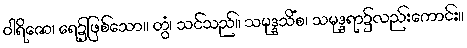
ဝါရိဇော၊ ရေ၌ဖြစ်သော။ တွံ၊ သင်သည်။ သမုဒ္ဒသိံစ၊ သမုဒ္ဒရာ၌လည်းကောင်း။